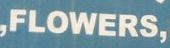
flowers